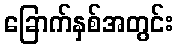
ခြောက်နှစ်အတွင်း